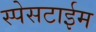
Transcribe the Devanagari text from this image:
स्पेसटाईम